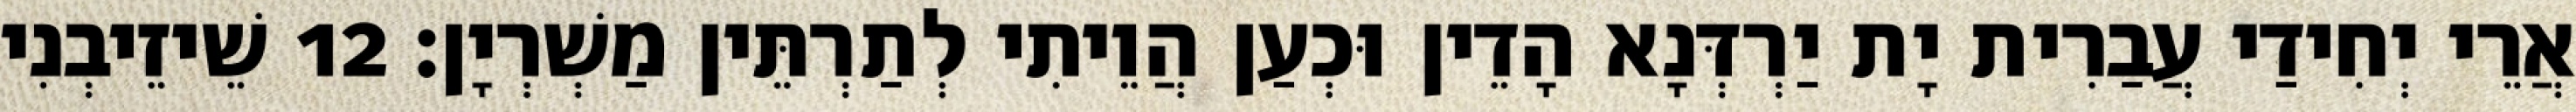
אֲרֵי יְחִידַי עֲבַרִית יָת יַרְדְּנָא הָדֵין וּכְעַן הֲוֵיתִי לְתַרְתֵּין מַשְׁרְיָן׃ 12 שֵׁיזֵיבְנִי